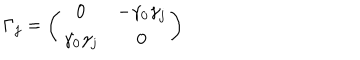
LaTeX: \Gamma _ { j } = \left( \begin{array} { c c } { { 0 } } & { { - \gamma _ { 0 } \gamma _ { j } } } \\ { { \gamma _ { 0 } \gamma _ { j } } } & { { 0 } } \\ \end{array} \right)